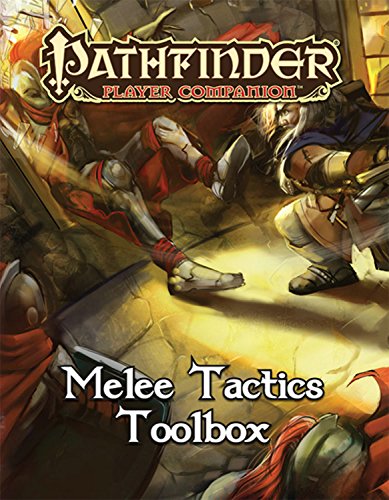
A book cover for Pathfinder Player Companion: Melee Tactics Toolbox; Paizo Publishing; Science Fiction & Fantasy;